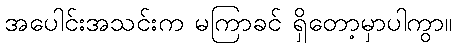
အပေါင်းအသင်းက မကြာခင် ရှိတော့မှာပါကွာ။